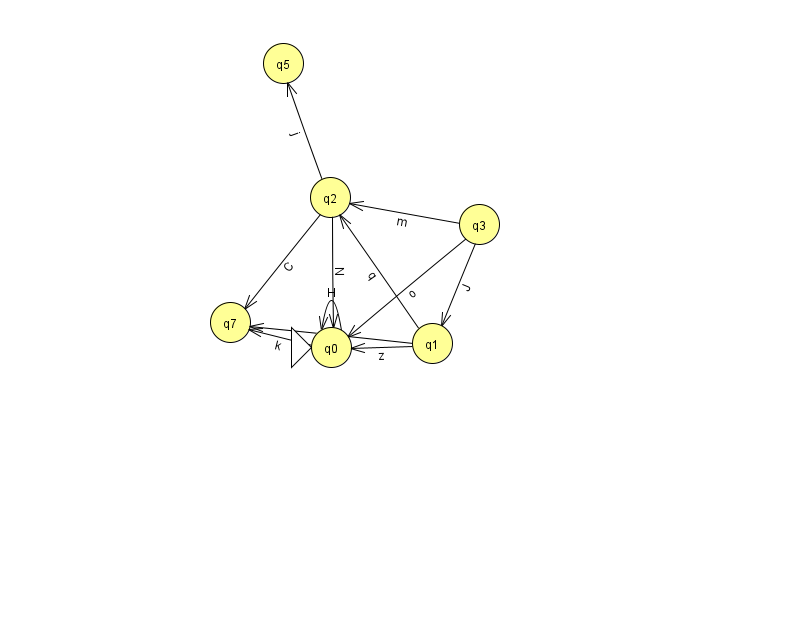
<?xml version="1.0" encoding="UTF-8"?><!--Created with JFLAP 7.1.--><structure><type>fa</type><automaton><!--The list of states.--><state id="0" name="q0"><x>331.0</x><y>334.0</y><initial/></state><state id="1" name="q1"><x>432.0</x><y>330.0</y></state><state id="2" name="q2"><x>330.0</x><y>184.0</y></state><state id="3" name="q3"><x>479.0</x><y>211.0</y></state><state id="5" name="q5"><x>283.0</x><y>50.0</y></state><state id="7" name="q7"><x>230.0</x><y>309.0</y></state><!--The list of transitions.--><transition><from>3</from><to>1</to><read>J</read></transition><transition><from>1</from><to>0</to><read>z</read></transition><transition><from>1</from><to>2</to><read>q</read></transition><transition><from>2</from><to>0</to><read>N</read></transition><transition><from>2</from><to>5</to><read>j</read></transition><transition><from>3</from><to>2</to><read>m</read></transition><transition><from>0</from><to>0</to><read>H</read></transition><transition><from>0</from><to>7</to><read>k</read></transition><transition><from>2</from><to>7</to><read>C</read></transition><transition><from>3</from><to>0</to><read>o</read></transition><transition><from>1</from><to>7</to><read>S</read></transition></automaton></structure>